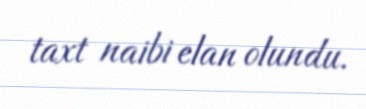
taxt naibi elan olundu.